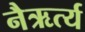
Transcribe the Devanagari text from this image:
नैऋर्त्य